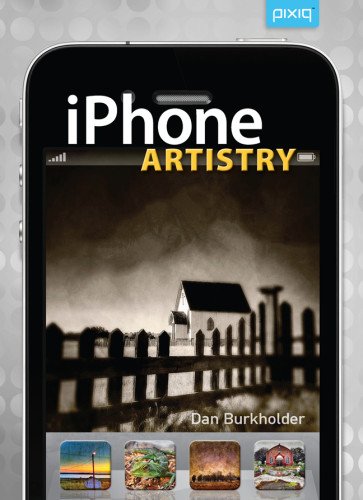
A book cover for iPhone Artistry; Dan Burkholder; Computers & Technology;